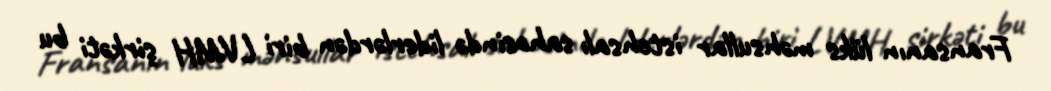
Fransanın lüks məhsullar istehsalı sahəsində liderlərdən biri LVMH şirkəti bu